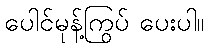
ပေါင်မုန့်ကြွပ် ပေးပါ။